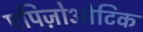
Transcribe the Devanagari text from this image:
एपिज़ोओटिक